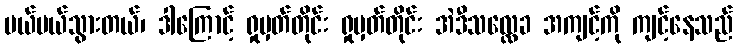
ပယ်ပယ်သွားတယ်၊ ဒါကြောင့် ရှုမှတ်တိုင်း ရှုမှတ်တိုင်း အဲဒီသလ္လေခ အကျင့်ကို ကျင့်နေသည်